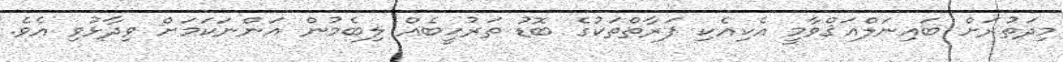
މިދަތުރަށް ބައިނަލްއަޤްވާމީ އެކިއެކި ފަރާތްތަކުގެ ބޮޑު ތަރުހީބެއް ލިބެމުން އަންނަކަމަށް ވިދާޅުވި އެވެ.